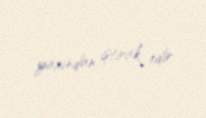
yaxından iştirak edir.